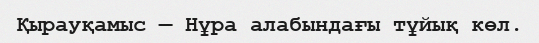
Қырауқамыс — Нұра алабындағы тұйық көл.